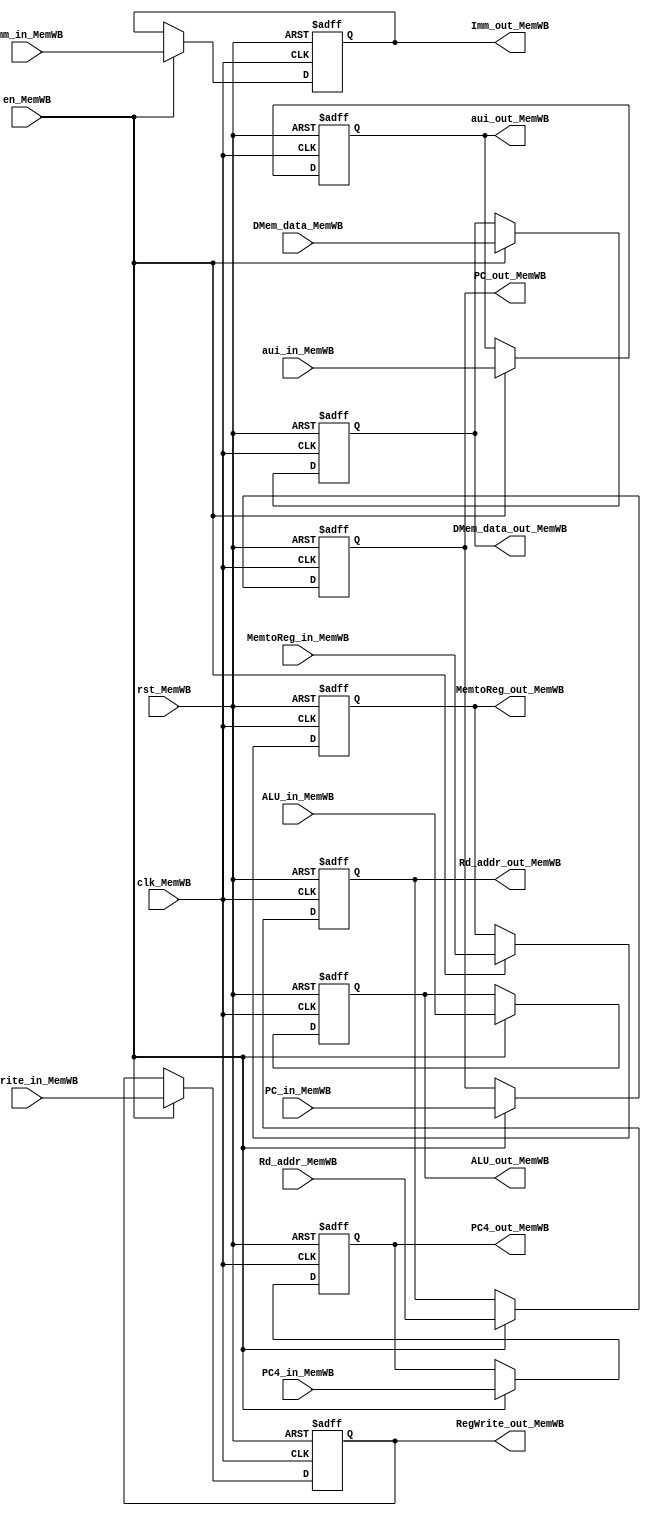
module Mem_reg_WB(
    input clk_MemWB, //
    input rst_MemWB, //
    input en_MemWB, //
    input[31:0] PC4_in_MemWB, //PC+4
    input[4:0] Rd_addr_MemWB, //
    input[31:0] ALU_in_MemWB, //ALU
    input[31:0] DMem_data_MemWB, //
    input[2:0] MemtoReg_in_MemWB, //
    input RegWrite_in_MemWB, //
    input[31:0] PC_in_MemWB,
    input aui_in_MemWB,
    input[31:0] Imm_in_MemWB,
    output reg[31:0] PC4_out_MemWB, //PC+4
    output reg[4:0] Rd_addr_out_MemWB, //
    output reg[31:0] ALU_out_MemWB, //ALU
    output reg[31:0] DMem_data_out_MemWB, //
    output reg[2:0] MemtoReg_out_MemWB, //
    output reg RegWrite_out_MemWB, //
    output reg[31:0] PC_out_MemWB,
    output reg aui_out_MemWB,
    output reg[31:0] Imm_out_MemWB
    );
    
    always @(posedge clk_MemWB or posedge rst_MemWB)
        if (rst_MemWB==1'b1) begin
            PC4_out_MemWB<=32'b0;
            Rd_addr_out_MemWB<=5'b0;
            ALU_out_MemWB<=32'b0;
            DMem_data_out_MemWB<=32'b0;
            MemtoReg_out_MemWB<=2'b0;
            RegWrite_out_MemWB<=1'b0;
            PC_out_MemWB<=32'b0;
            aui_out_MemWB<=1'b0;
            Imm_out_MemWB<=32'b0;
        end
        else if (en_MemWB) begin
            PC4_out_MemWB<=PC4_in_MemWB;
            Rd_addr_out_MemWB<=Rd_addr_MemWB;
            ALU_out_MemWB<=ALU_in_MemWB;
            DMem_data_out_MemWB<=DMem_data_MemWB;
            MemtoReg_out_MemWB<=MemtoReg_in_MemWB;
            RegWrite_out_MemWB<=RegWrite_in_MemWB;
            PC_out_MemWB<=PC_in_MemWB;
            aui_out_MemWB<=aui_in_MemWB;
            Imm_out_MemWB<=Imm_in_MemWB;
        end
endmodule